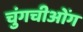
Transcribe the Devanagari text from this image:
चुंगचीओंग